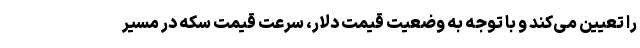
را تعیین می‌کند و با توجه به وضعیت قیمت دلار، سرعت قیمت سکه در مسیر